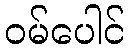
ဝမ်ပေါင်